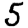
Digit: 5